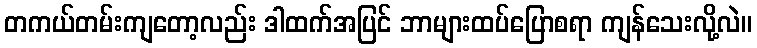
တကယ်တမ်းကျတော့လည်း ဒါထက်အပြင် ဘာများထပ်ပြောစရာ ကျန်သေးလို့လဲ။